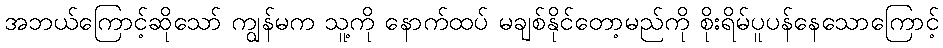
အဘယ်ကြောင့်ဆိုသော် ကျွန်မက သူ့ကို နောက်ထပ် မချစ်နိုင်တော့မည်ကို စိုးရိမ်ပူပန်နေသောကြောင့်